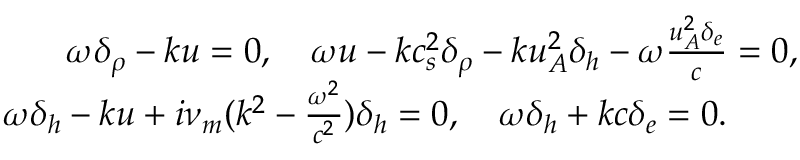
\begin{array} { r } { \omega \delta _ { \rho } - k u = 0 , \quad \omega u - k c _ { s } ^ { 2 } \delta _ { \rho } - k u _ { A } ^ { 2 } \delta _ { h } - \omega \frac { u _ { A } ^ { 2 } \delta _ { e } } { c } = 0 , } \\ { \omega \delta _ { h } - k u + i \nu _ { m } ( k ^ { 2 } - \frac { \omega ^ { 2 } } { c ^ { 2 } } ) \delta _ { h } = 0 , \quad \omega \delta _ { h } + k c \delta _ { e } = 0 . \qquad } \end{array}